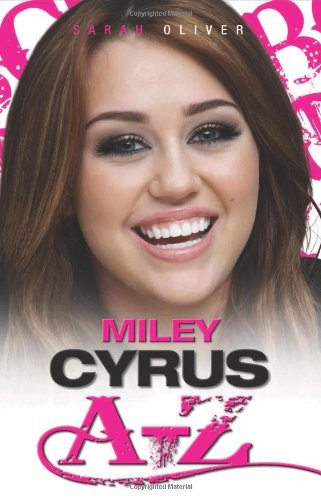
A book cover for Miley Cyrus A-Z; Sarah Oliver; Teen & Young Adult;